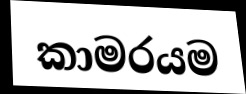
කාමරයම